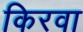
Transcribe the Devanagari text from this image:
किरवा